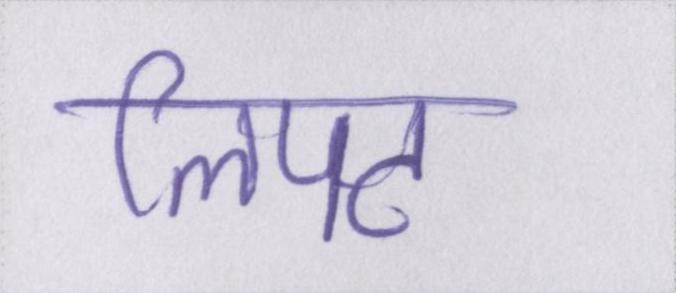
लिपट